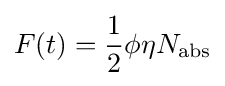
F(t)={\frac {1}{2}}\phi \eta N_{\rm {abs}}